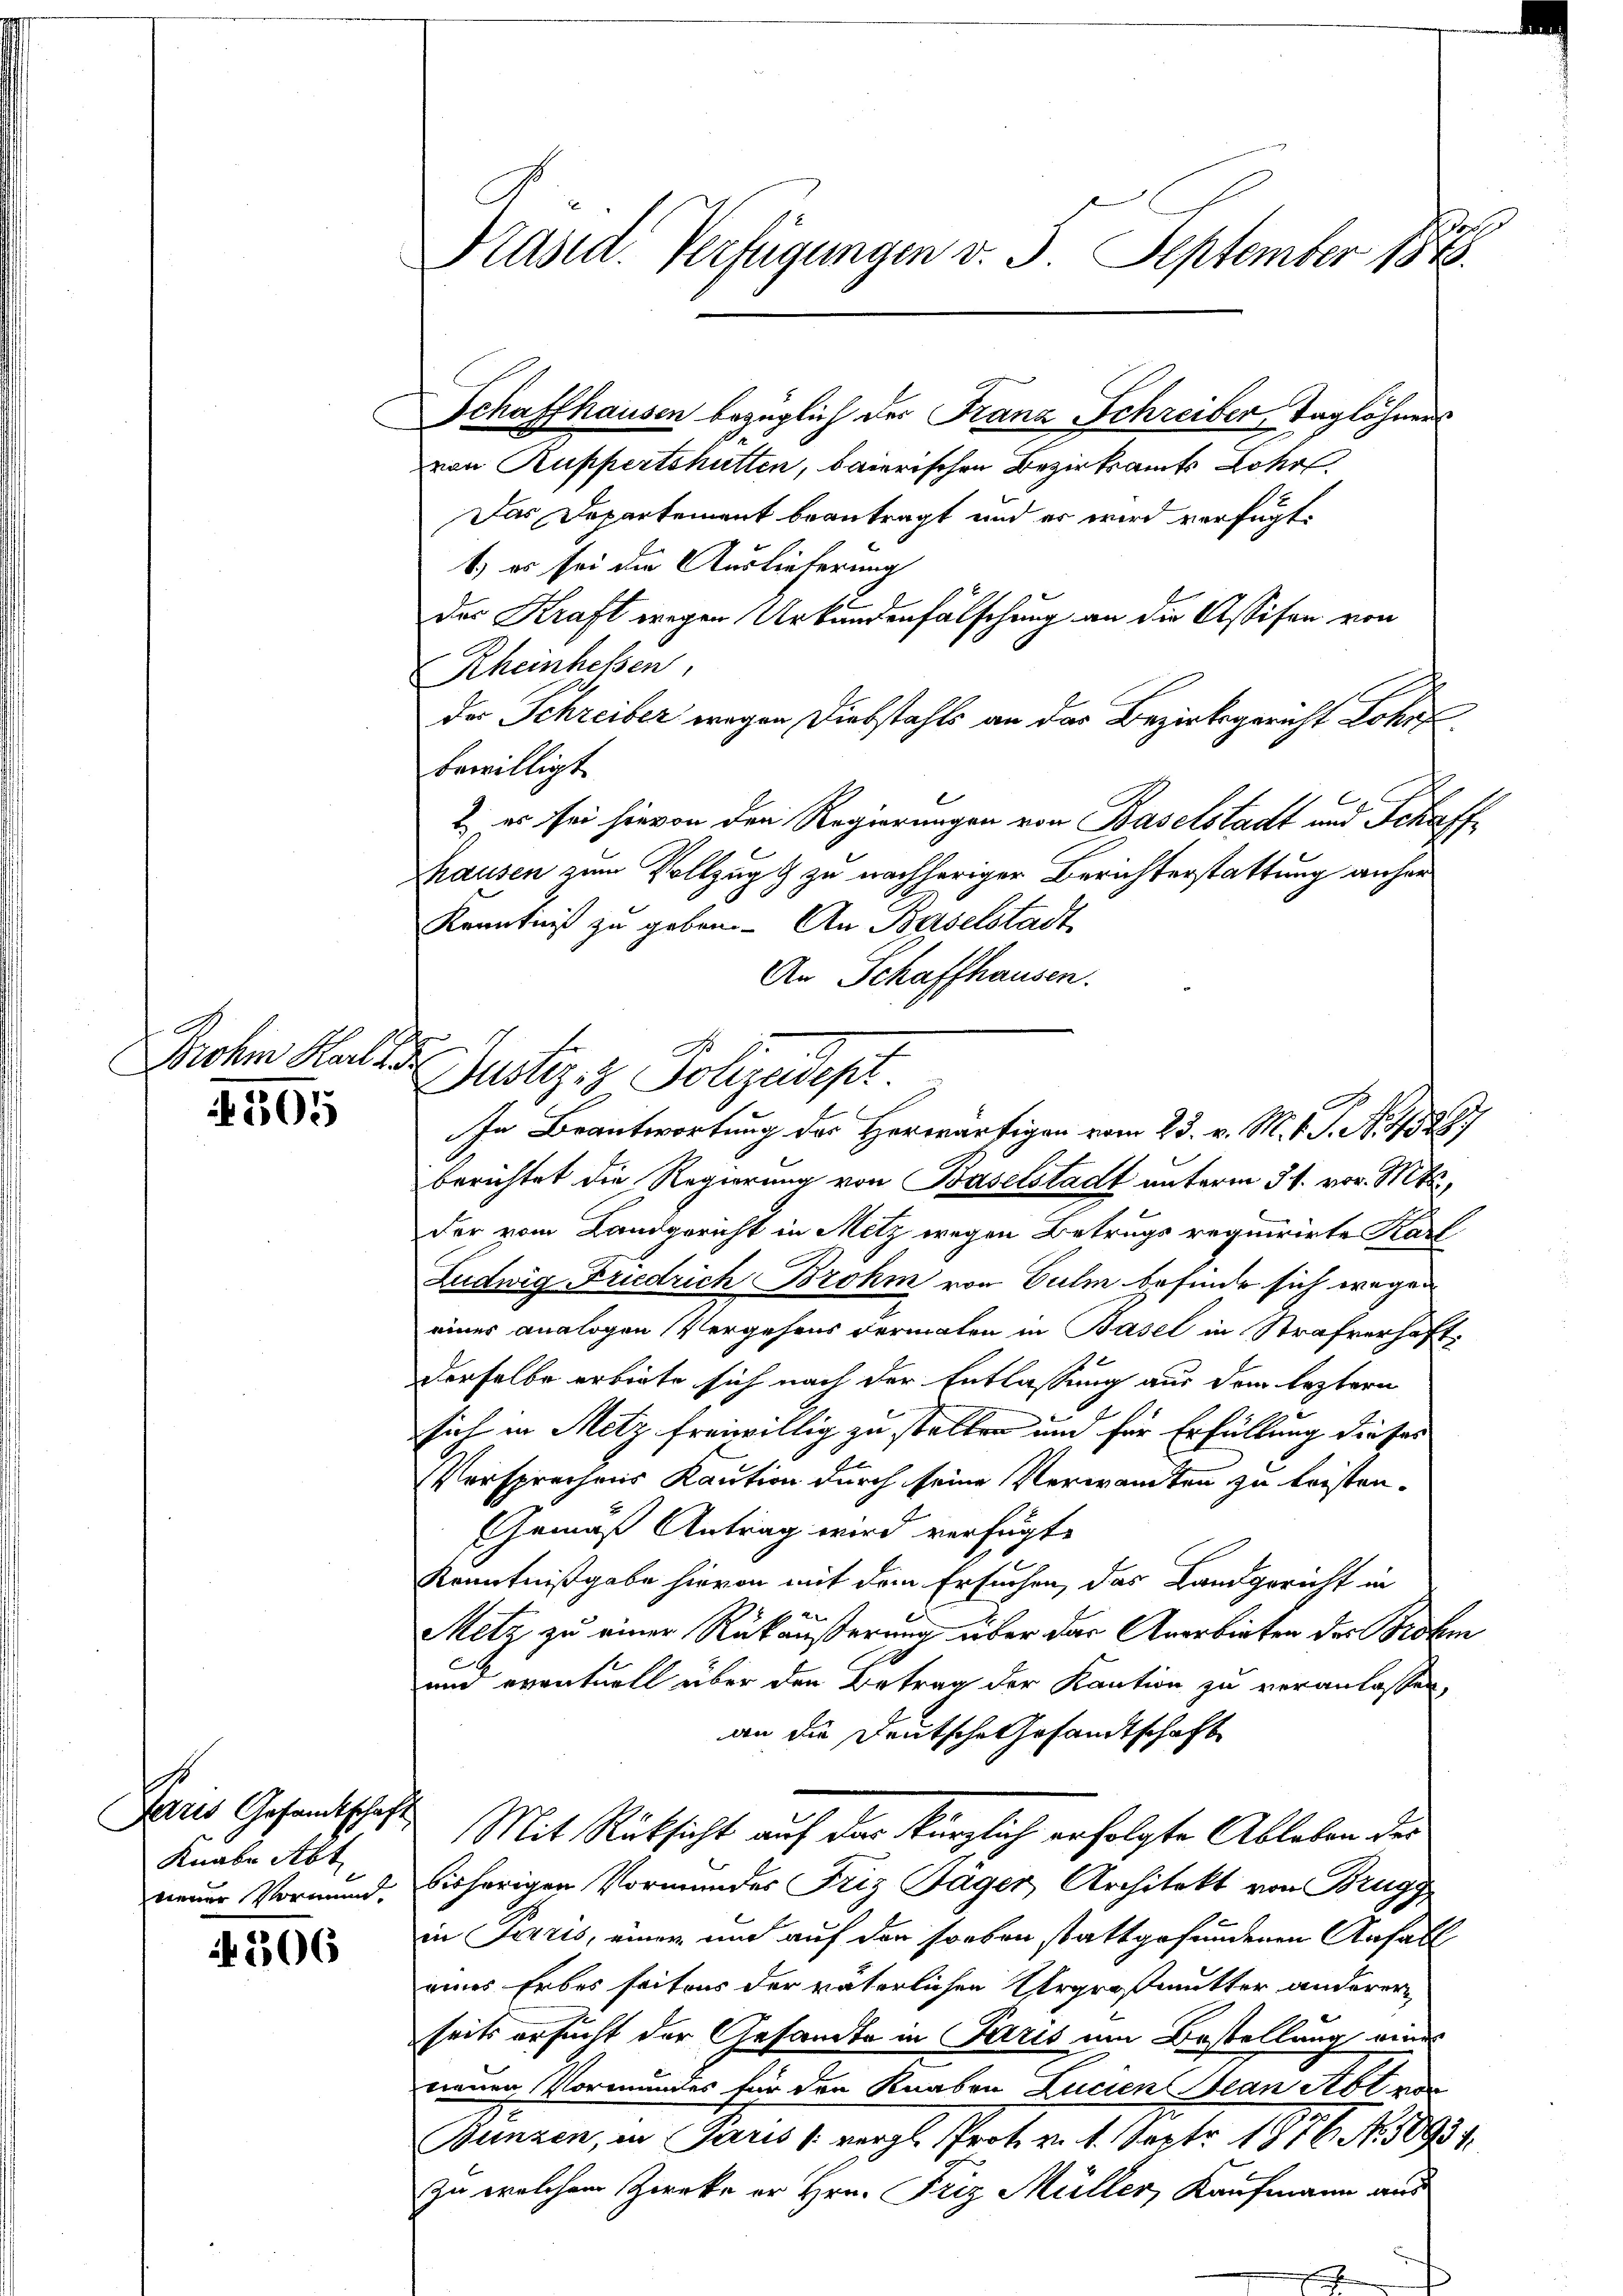
4505

Paris Gesandtschaft
Knabe Abt
neuer Vormund.

306

.
Päsia. Verfügungen v. 3. September 1848.

Schaffhausen bezüglich der Franz Schreiber, Taglöhners
von Ruppertshütten, baierischen Bezirksamts Lohe
Das Departement beantragt und er wird verfügt:
1) es sei die Auslieferung
der Kraft wegen Urkundenfälschung an die Assison von
Rheinhessen,
der Schreiber wegen Diebstahls an das Bezirksgericht Lohnf
bewilligt.
2. es sei hievon den Regierungen von Baselstadt und Schaffhausen zum Vollzug & zu nachheriger Berichterstattung anher¬
Kenntniß zu geben. An Baselstadt
An Schaffhausen.

Brohen Rechter Justiz- & Polizeidept

In Beantwortung des Herwärtigen vom 23. v. M. v. J. A. 1528
berichtet die Regierung von Baselstadt unterm 31. vor. Mts.,
der vom Landgericht in Mitz wegen Betrugs requirirte Karf
Ludwig Friedrich Brohm von Culm befinde sich wegen
eines analogen Vergehens dermalen in Basel in Strafverhaft,
derselbe erbiete sich nach der Entlassung aus dem leztern
sich in Metz freiwillig zu stellen und für Erfüllung dieses
Versprechens Kaution durch seine Verwandten zu leisten.
Gemäß Antrag wird verfügt:
Kenntnißgabe hievon mit dem Ersuchen, das Landgericht in
Metz zu einer Rükäußerung über das Anerbieten der Probi
E
um eventuell über den Betrag der Kaution zu veranlassen,
an die Deutsche Gesandtschaft
Mit Rücksicht auf das kürzlich erfolgte Ableben der
bisherigen Vormundes Friz Täger, Architekt von Brugg
in Paris, einer und auf den soeben stattgefundenen Anfall
eines Erbes seitens der väterlichen Urgroßmutter anderer
seits ersucht der Gesandte in Paris um Bestellung eines
neuen Vormundes für den Knaben Lucien an Abt von
Bunzen, in Paris vergl. Prot. v. 1. Sept 1876. No 10934
zu welchem Zwecke er Hrn. Friz Müller, Kaufmann aus